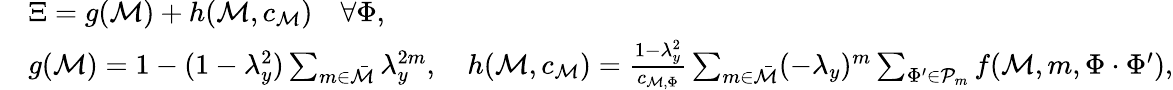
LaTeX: \begin{array}{rl}&{\Xi=g(\mathcal{M})+h(\mathcal{M},c_{\mathcal{M}})\quad\forall\Phi,}\\ &{g(\mathcal{M})=1-(1-\lambda_{y}^{2})\sum_{m\in\bar{\mathcal{M}}}\lambda_{y}^{2m},\quad h(\mathcal{M},c_{\mathcal{M}})=\frac{1-\lambda_{y}^{2}}{c_{\mathcal{M},\Phi}}\sum_{m\in\bar{\mathcal{M}}}(-\lambda_{y})^{m}\sum_{\Phi^{\prime}\in\mathcal{P}_{m}}f(\mathcal{M},m,\Phi\cdot\Phi^{\prime}),}\end{array}